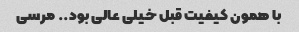
با همون کیفیت قبل خیلی عالی بود.. مرسی